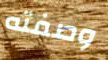
وصفته